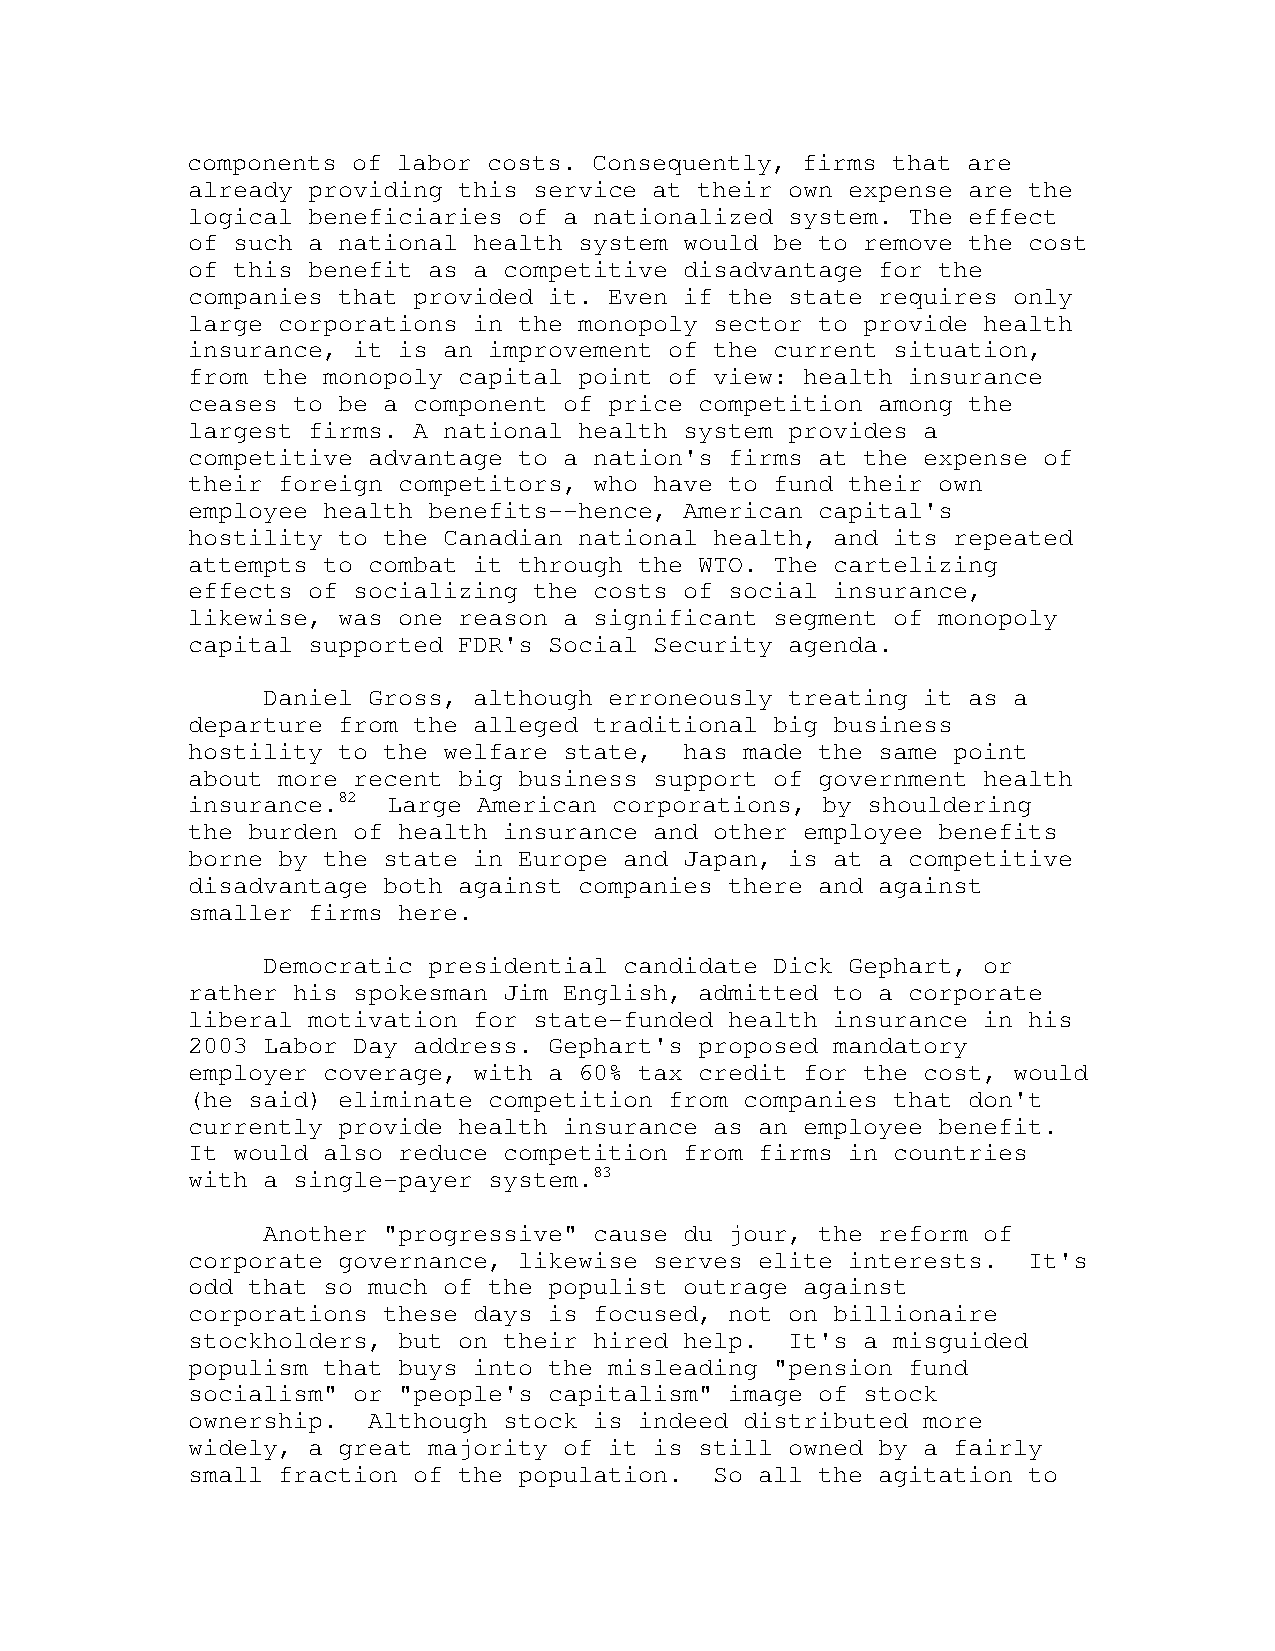
components of labor costs. Consequently, firms that are
 already providing this service at their own expense are the
 logical beneficiaries of a nationalized system. The effect
 of such a national health system would be to remove the cost
 of this benefit as a competitive disadvantage for the
 companies that provided it. Even if the state requires only
 large corporations in the monopoly sector to provide health
 insurance, it is an improvement of the current situation,
 from the monopoly capital point of view: health insurance
 ceases to be a component of price competition among the
 largest firms. A national health system provides a
 competitive advantage to a nation's firms at the expense of
 their foreign competitors, who have to fund their own
 employee health benefits--hence, American capital's
 hostility to the Canadian national health, and its repeated
 attempts to combat it through the WTO. The cartelizing
 effects of socializing the costs of social insurance,
 likewise, was one reason a significant segment of monopoly
 capital supported FDR's Social Security agenda.
 Daniel Gross, although erroneously treating it as a
 departure from the alleged traditional big business
 hostility to the welfare state,  has made the same point
 about more recent big business support of government health
 insurance.82  Large American corporations, by shouldering
 the burden of health insurance and other employee benefits
 borne by the state in Europe and Japan, is at a competitive
 disadvantage both against companies there and against
 smaller firms here.
 Democratic presidential candidate Dick Gephart, or
 rather his spokesman Jim English, admitted to a corporate
 liberal motivation for state-funded health insurance in his
 2003 Labor Day address. Gephart's proposed mandatory
 employer coverage, with a 60% tax credit for the cost, would
 (he said) eliminate competition from companies that don't
 currently provide health insurance as an employee benefit.
 It would also reduce competition from firms in countries
 with a single-payer system.83
 Another "progressive" cause du jour, the reform of
 corporate governance, likewise serves elite interests.  It's
 odd that so much of the populist outrage against
 corporations these days is focused, not on billionaire
 stockholders, but on their hired help.  It's a misguided
 populism that buys into the misleading "pension fund
 socialism" or "people's capitalism" image of stock
 ownership.  Although stock is indeed distributed more
 widely, a great majority of it is still owned by a fairly
 small fraction of the population.  So all the agitation to